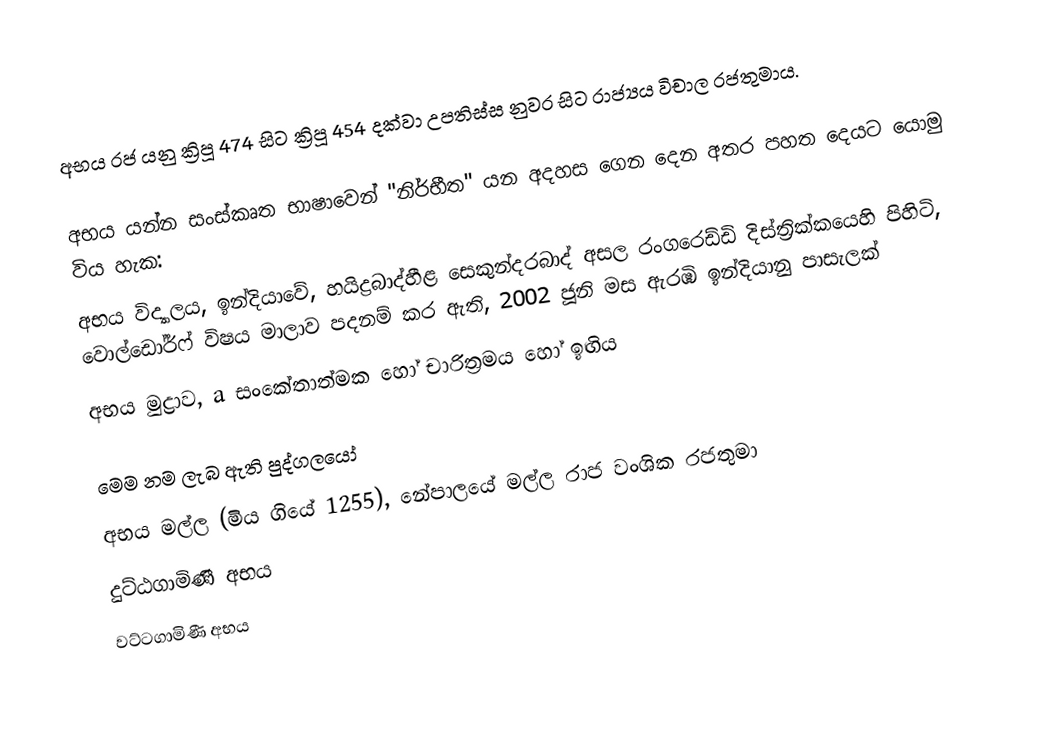
අභය රජ යනු ක්‍රිපූ 474 සිට ක්‍රිපූ 454 දක්වා උපතිස්ස නුවර සිට රාජ්‍යය විචාල රජතුමාය.

අභය යන්න සංස්කෘත භාෂාවෙන් "නිර්භීත" යන අදහස ගෙන දෙන අතර පහත දෙයට යොමු විය හැක:
 අභය විද්‍යාලය, ඉන්දියාවේ, හයිද්‍රබාද්හීළ සෙකුන්දරබාද් අසල රංගරෙඩ්ඩි දිස්ත්‍රික්කයෙහි පිහිටි, වොල්ඩෝර්ෆ් විෂය මාලාව පදනම් කර ඇති, 2002 ජූනි මස ඇරඹි ඉන්දියානු පාසැලක්
 අභය මුද්‍රාව, a සංකේතාත්මක හෝ චාරිත්‍රමය හෝ ඉඟිය

මෙම නම ලැබ ඇති පුද්ගලයෝ
 අභය මල්ල (මිය ගියේ 1255), නේපාලයේ මල්ල රාජ වංශික රජතුමා
 දුට්ඨගාමිණී අභය
 වට්ටගාමිණී අභය